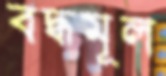
বদ্ধমূল